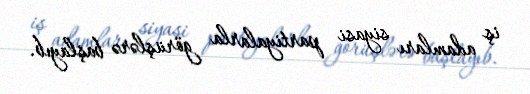
iş adamları siyasi partiyalarla görüşlərə başlayıb.